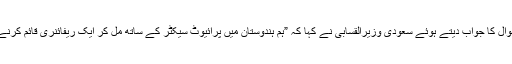
اس سلسلے میں ایک سوال کا جواب دیتے ہوئے سعودی وزیرالقسابی نے کہا کہ ”ہم ہندوستان میں پرائیوٹ سیکٹر کے ساتھ مل کر ایک ریفائنری قائم کرنے پر غور کررہے ہیں۔